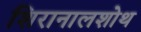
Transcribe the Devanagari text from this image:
शिरानालशोथ